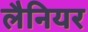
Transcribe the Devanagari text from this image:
लैनियर